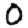
Digit: 0